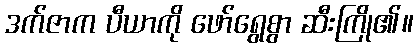
ဒက်ဇာက ပီယာကို ဖော်ရွေစွာ ဆီးကြို၏။